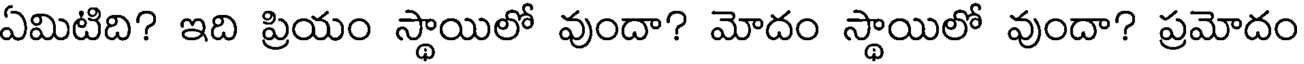
ఏమిటిది? ఇది ప్రియం స్థాయిలో వుందా? మోదం స్థాయిలో వుందా? ప్రమోదం